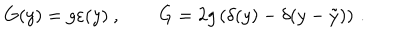
LaTeX: G ( y ) = g \varepsilon ( y ) \ , \qquad \dot { G } = 2 g \left( \delta ( y ) - \delta ( y - \tilde { y } ) \right) \, .